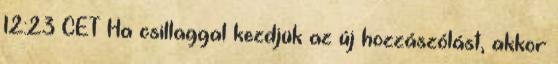
12:23 CET Ha csillaggal kezdjük az új hozzászólást, akkor